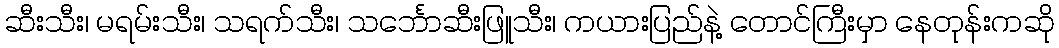
ဆီးသီး၊ မရမ်းသီး၊ သရက်သီး၊ သင်္ဘောဆီးဖြူသီး၊ ကယားပြည်နဲ့ တောင်ကြီးမှာ နေတုန်းကဆို